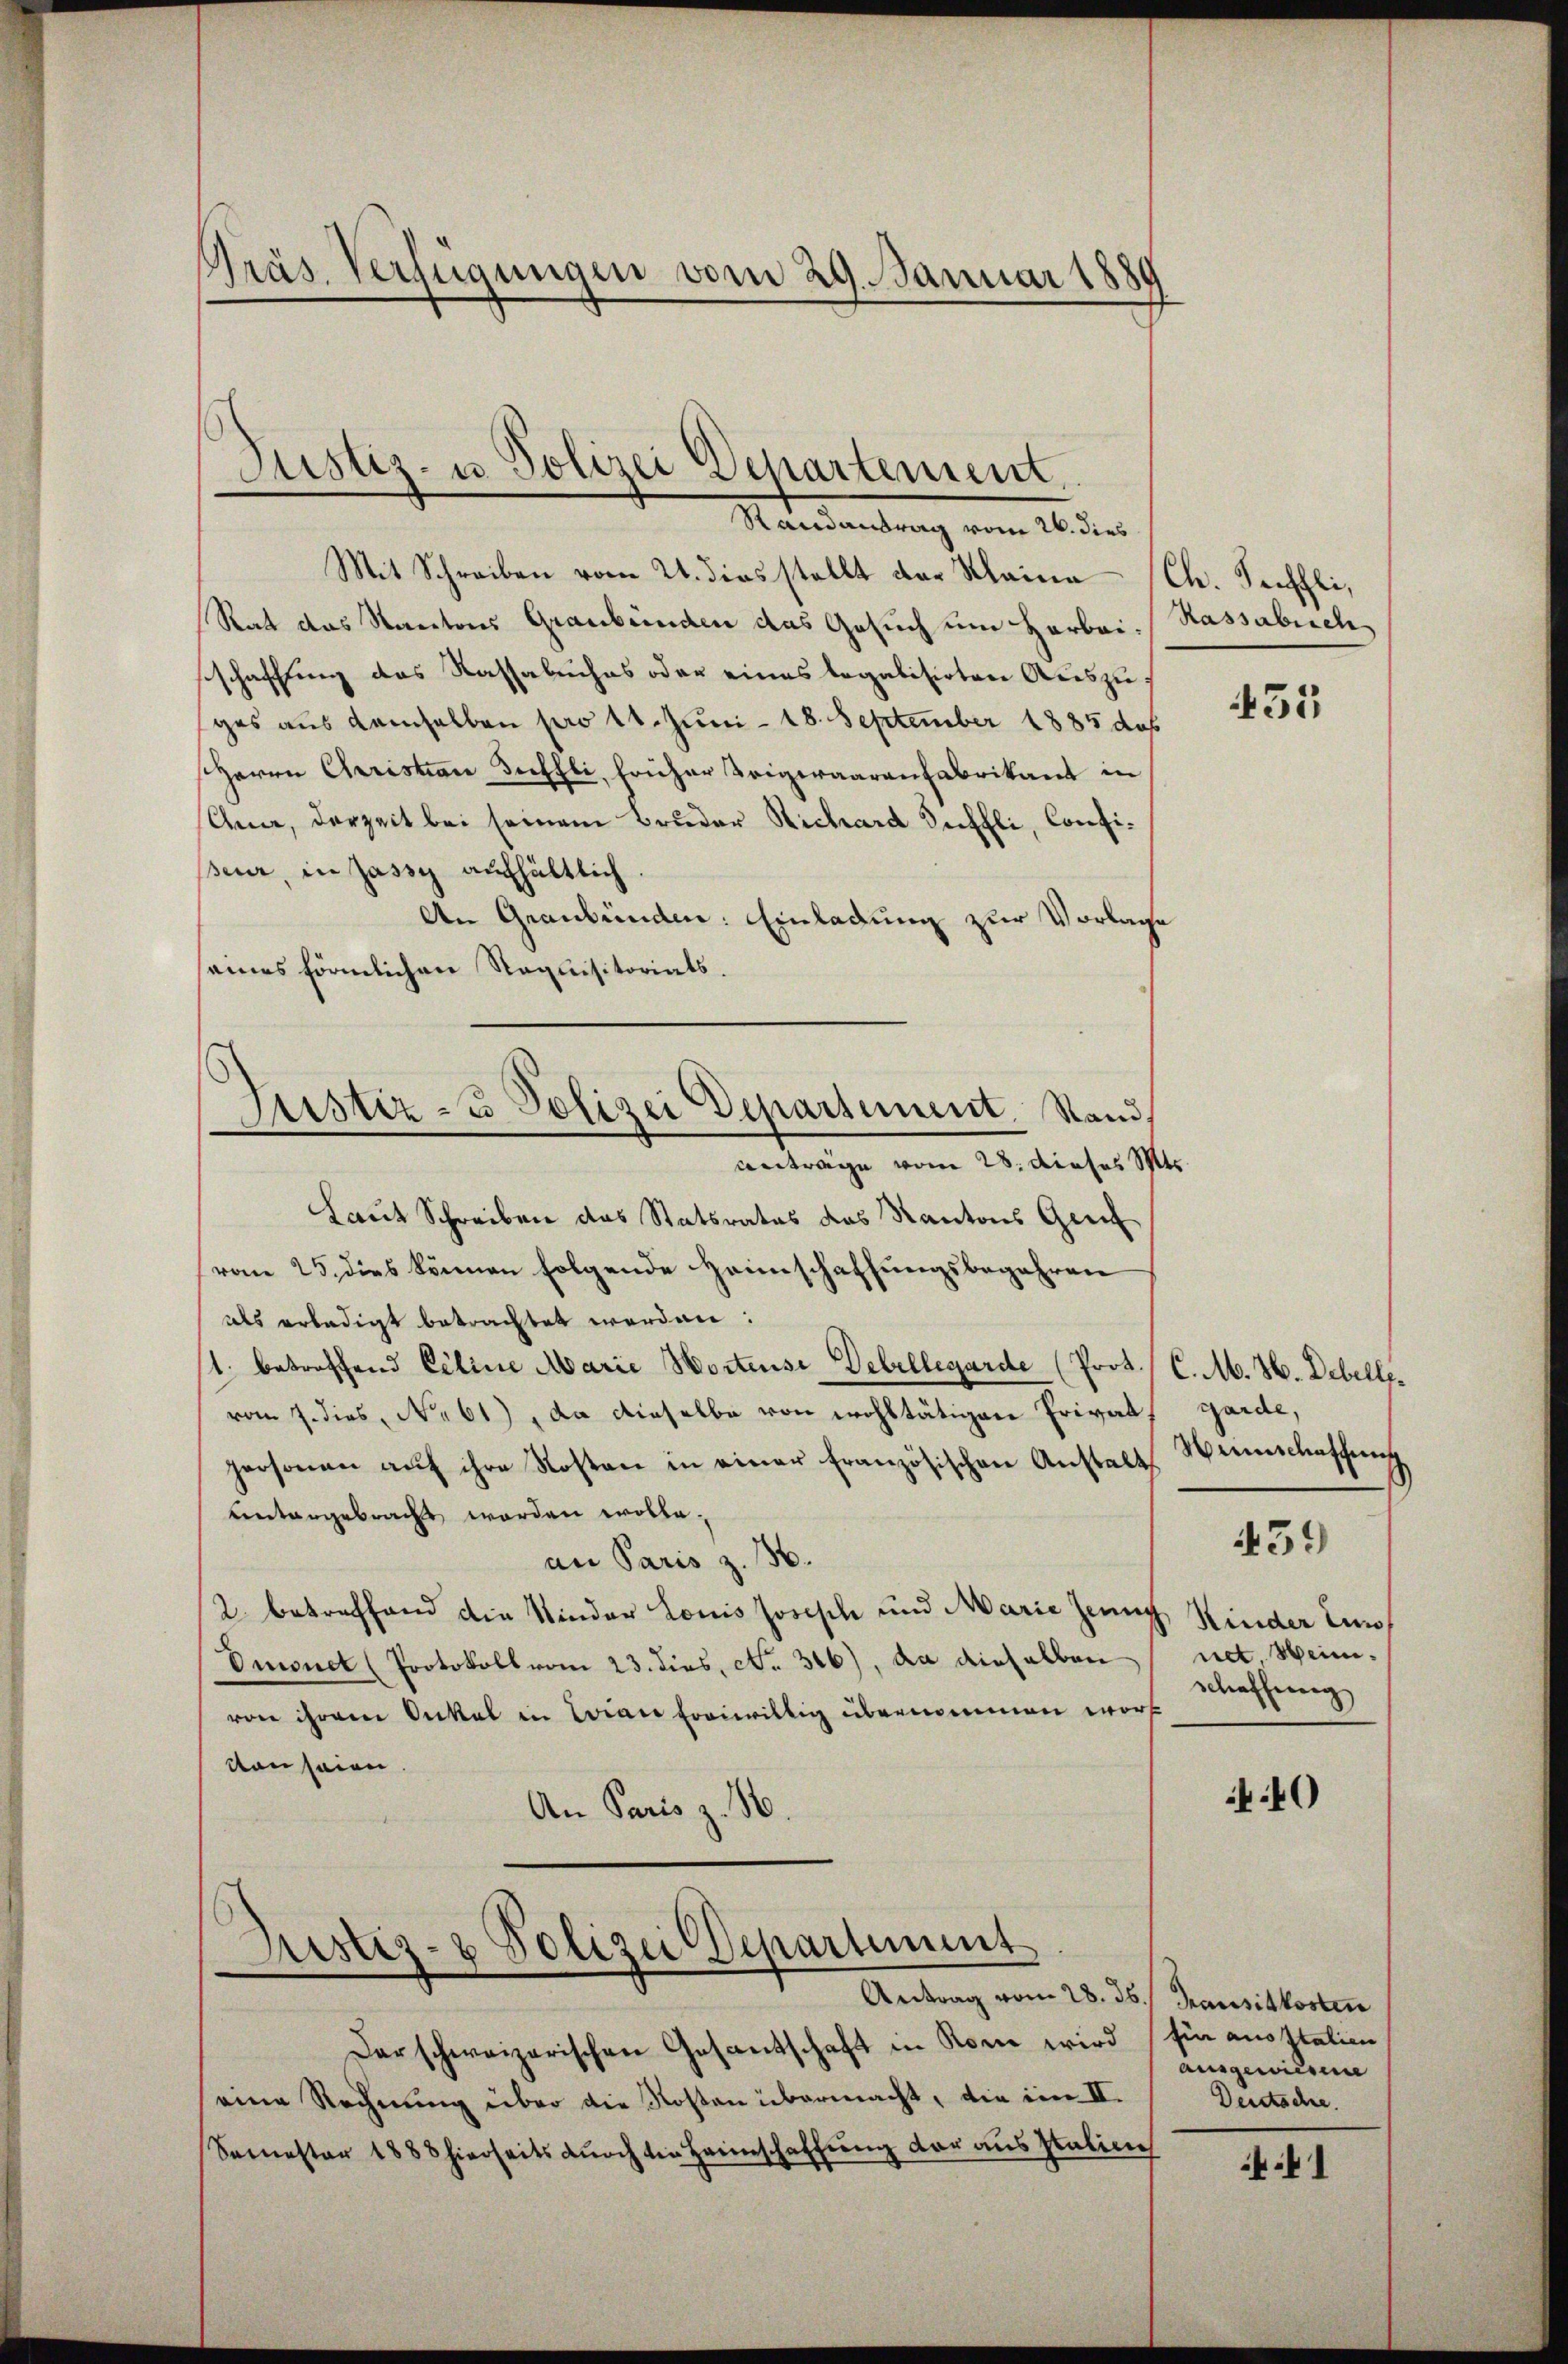
Mit Schreiben vom 24. diesstellt der Maina Ch. Sechsli,
Rat des Kantons Graubünden das Gesuch um Herbeischaffung des Kassabuches oder eines legalisirten Auszuges aus demselben pro 18. Juni 18. September 1885 das
Herrn Christian Sechsli, früher Teigwaarenfabrikant in
Ana, derzeit bei seinem Bruder Richard Suffli, Consiseur, in Jassy aufhältlich.
An Graubünden: Einladung zur Vorlage
seines förmlichen Requisitoriats.
antrage vom 28. dieses St
Laut Schreiben das Statsrates das Kantons Genf
vom 25. dies können folgende Heimschaffungsbegehren
als erledigt betrachtet werden:
(1. betreffend Ciline Marie Wortensi Debellegarde (Prot. C. M. H. Debelle.
vom 7. dies, No 61), da dieselbe von wohltätigen Privat, Garde,
personen auf ihre Kosten in einer französischen Anstalt Weinschaffung
untergebracht worden wolle.
459
an Paris z. B.
2. betreffend die Kinder Louis Josisch und Marie Zeunch
Kinder Einf
Omonet (Protokoll vom 23. dies, No. 316), da dieselben (net. Weinschaffung
von ihrem Onkel in Evian freiwillig übernommen worf
ton seien.
40
An Paris z. B.

Präs. Verfügungen vom 29. Januar 1889

Justiz- u. Polizei Departement
Mandantung vom 16 die

Justiz & Polizei Departement. Stand,

Justiz- & Polizei Departiment
Antrag vom 28. 36. Transitkosten

Dar schweizerischen Gesantschaft in Rom wird für aus Italien
eine Rechnung über die Kosten übermacht, die im II.
Semester 1888 hierseits durch die Heimschaffung der aus Italien

Kassabisch

35

ausgewiesene
Deutache.

1